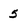
Character: 5